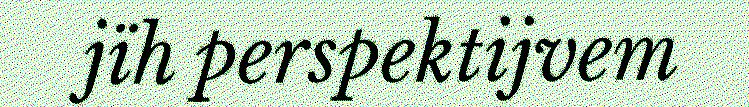
jïh perspektijvem